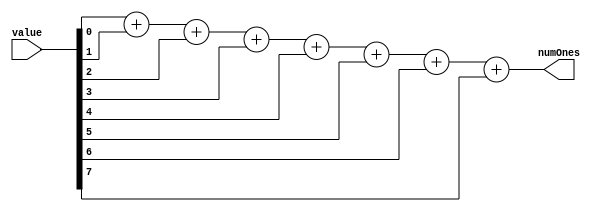
`timescale 1ns / 1ps
/*/////////////////////////////////////////////////////////////////////////////////

Question: 3

Count 1's

Counts number of ones in given 8-bit number

*//////////////////////////////////////////////////////////////////////////////////
module count1s8(
    input [7:0] value,
    output [3:0] numOnes
    );
	
	assign numOnes = value[0] + value[1] + value[2] + value[3] + value[4] + value[5] + value[6] + value[7];

endmodule